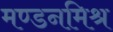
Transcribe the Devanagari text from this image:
मण्डनमिश्र